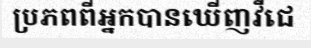
ប្រភពពីអ្នកបានឃើញវីជេ